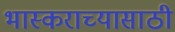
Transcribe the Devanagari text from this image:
भास्कराच्यासाठी